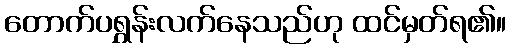
တောက်ပရွှန်းလက်နေသည်ဟု ထင်မှတ်ရ၏။